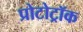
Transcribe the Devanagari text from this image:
प्रोटोट्रॉक